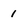
Character: 1